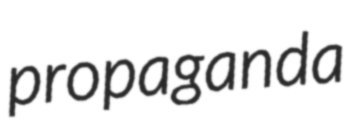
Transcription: propaganda